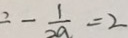
2 - \frac { 1 } { 2 a } = 2